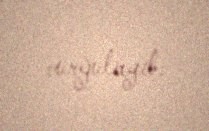
vurğulayıb.